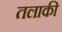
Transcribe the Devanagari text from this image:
तलाकी